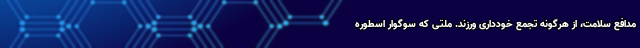
مدافع سلامت، از هرگونه تجمع خودداری ورزند. ملتی که سوگوار اسطوره